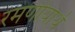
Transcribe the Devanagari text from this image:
रमणीयार्थ